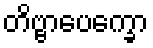
တိဗ္ဗာပေက္ခော